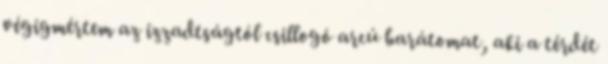
végigmértem az izzadtságtól csillogó arcú barátomat, aki a térdét